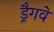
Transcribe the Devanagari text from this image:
ड्रैगवे